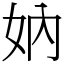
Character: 妠